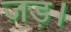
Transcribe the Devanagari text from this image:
जड़।